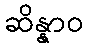
ဆိန္နာဝ